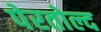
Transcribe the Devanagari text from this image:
पेरतोल्द